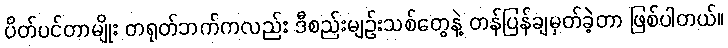
ပိတ်ပင်တာမျိုး တရုတ်ဘက်ကလည်း ဒီစည်းမျဉ်းသစ်တွေနဲ့ တန်ပြန်ချမှတ်ခဲ့တာ ဖြစ်ပါတယ်။